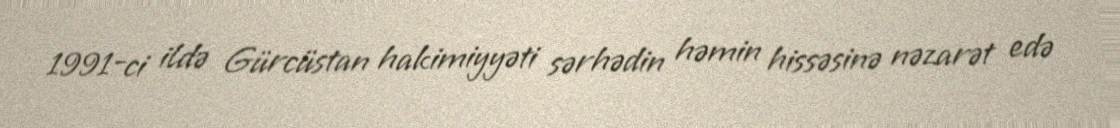
1991-ci ildə Gürcüstan hakimiyyəti sərhədin həmin hissəsinə nəzarət edə